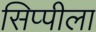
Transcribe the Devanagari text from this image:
सिप्पीला